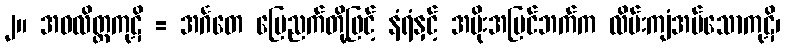
၂။ အဝလိတ္တကုဋိ = အင်္ဂတေ မြေညက်တို့ဖြင့် နံရံနှင့် အမိုးအပြင်ဘက်က လိမ်းကျံအပ်သောကုဋိ၊